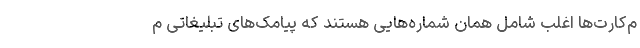
م‌کارت‌ها اغلب شامل همان شماره‌هایی هستند که پیامک‌های تبلیغاتی م